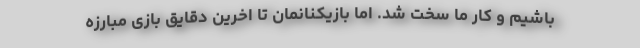
باشیم و کار ما سخت شد. اما بازیکنانمان تا اخرین دقایق بازی مبارزه